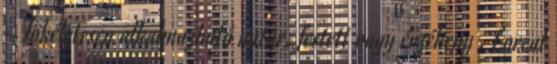
- Tökéletesen alkalmazható natúr, festett vagy érzékeny . Loreal